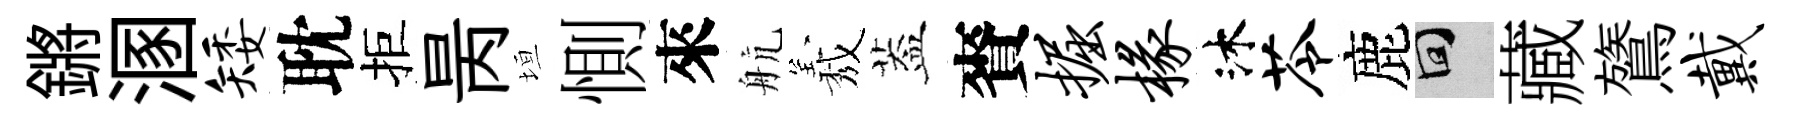
鏘溷矮耽拒昺垣惻來航𦏁葢賚掘椽沐苓鹿回藏鷟戴